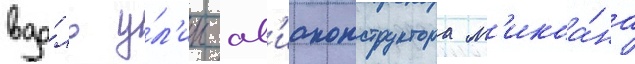
вдо́ль у́л'ицы ав'иаконструктора м'икоа́на